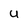
Character: U